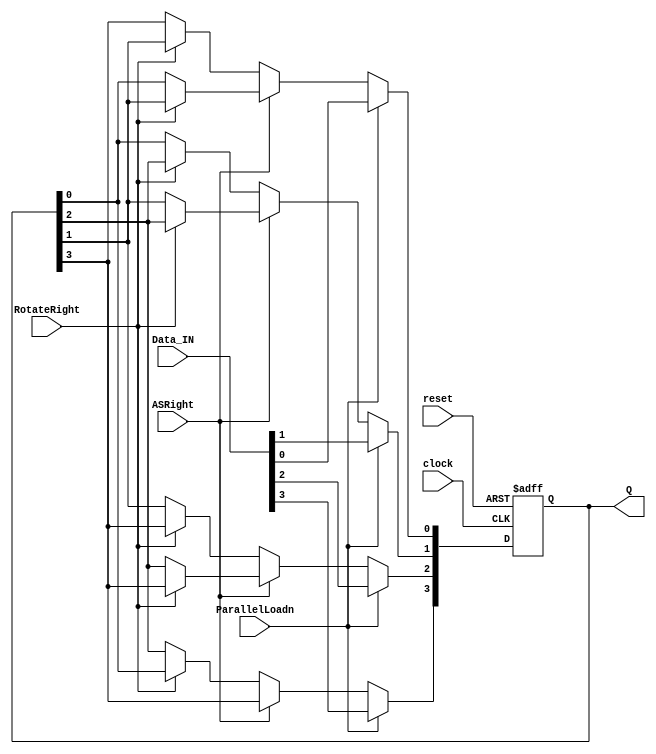
module part3(clock, reset, ParallelLoadn, RotateRight, ASRight, Data_IN, Q);
    input clock, reset, ParallelLoadn, RotateRight, ASRight;
    input [3:0] Data_IN;
    output [3:0] Q;

    wire [3:0] qWire;
    reg [3:0] qReg;
    wire rotateLeft;
    assign rotateLeft = ~RotateRight;
    wire [3:0] choosenQ;

    wire [3:0] givenD;

    always@ (posedge clock or posedge reset) begin
        if(reset)
            qReg <= 0;
        else if (ParallelLoadn)
            qReg <= Data_IN;
        else if(!ASRight)begin
            if (rotateLeft) begin
                qReg[3] <= Q[2];
                qReg[2] <= Q[1];
                qReg[1] <= Q[0];
                qReg[0] <= Q[3];
            end
            else begin
                qReg[3] <= Q[0];
                qReg[2] <= Q[3];
                qReg[1] <= Q[2];
                qReg[0] <= Q[1];
            end
        end
        else if(ASRight) begin
            if(!rotateLeft) begin
                qReg[2] <= Q[3];
                qReg[1] <= Q[2];
                qReg[0] <= Q[1];
            end
        end
    end

    assign Q = qReg;
endmodule